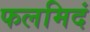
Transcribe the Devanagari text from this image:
फलमिदं